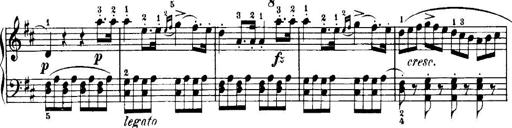
Title: 7 Sonatinas
Composer: Anton Diabelli